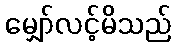
မျှော်လင့်မိသည်